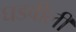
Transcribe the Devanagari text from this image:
घडवीली